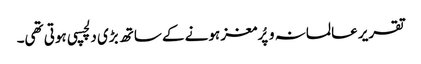
تقریر عالمانہ و پُرمغز ہونے کے ساتھ بڑی دلچسپی ہوتی تھی۔